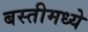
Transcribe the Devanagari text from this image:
बस्तीमध्ये